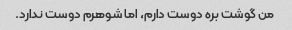
من گوشت بره دوست دارم، اما شوهرم دوست ندارد.